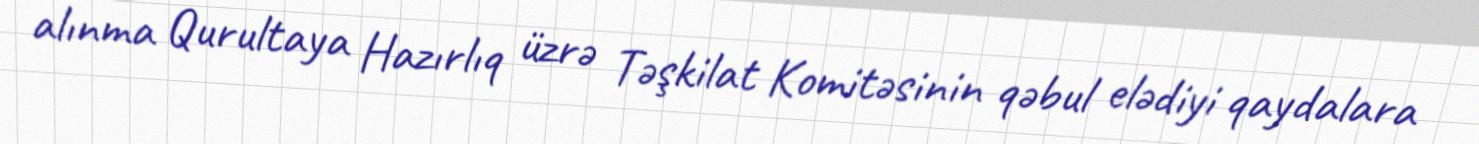
alınma Qurultaya Hazırlıq üzrə Təşkilat Komitəsinin qəbul elədiyi qaydalara